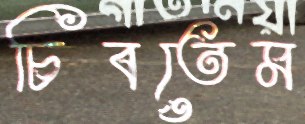
চিবতেম